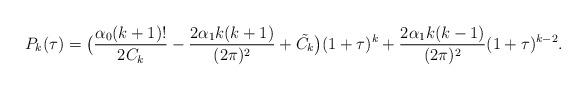
\begin{align*}P_{k}(\tau)=\big(\frac{\alpha_{0}(k+1)!}{2C_{k}}-\frac{2\alpha_{1}k(k+1)}{(2\pi)^{2}}+\tilde{C_{k}}\big)(1+\tau)^{k}+\frac{2\alpha_{1}k(k-1)}{(2\pi)^{2}}(1+\tau)^{k-2}.\end{align*}